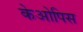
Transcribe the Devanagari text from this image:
केओपिस